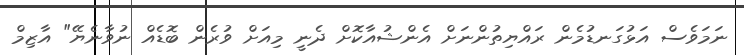
ނަމަވެސް އަޅުގަނޑުމެން ރައްޔިތުންނަށް އެންޝުއާކޮށް ދެނީ މިއަށް ވުރެން ބޮޑެއް ނުވާނެޔޭ" އާޒިމް